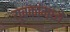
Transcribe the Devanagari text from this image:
युवकांमध्ये